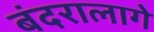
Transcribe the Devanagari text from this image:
बंदरालागे